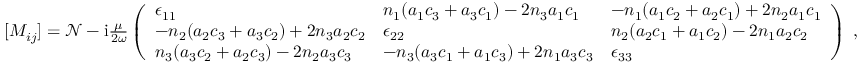
\begin{array} { r } { [ M _ { i j } ] = \mathcal { N } - \mathrm { i } \frac { \mu } { 2 \omega } \left( \begin{array} { l l l } { \epsilon _ { 1 1 } } & { n _ { 1 } ( a _ { 1 } c _ { 3 } + a _ { 3 } c _ { 1 } ) - 2 n _ { 3 } a _ { 1 } c _ { 1 } } & { - n _ { 1 } ( a _ { 1 } c _ { 2 } + a _ { 2 } c _ { 1 } ) + 2 n _ { 2 } a _ { 1 } c _ { 1 } } \\ { - n _ { 2 } ( a _ { 2 } c _ { 3 } + a _ { 3 } c _ { 2 } ) + 2 n _ { 3 } a _ { 2 } c _ { 2 } } & { \epsilon _ { 2 2 } } & { n _ { 2 } ( a _ { 2 } c _ { 1 } + a _ { 1 } c _ { 2 } ) - 2 n _ { 1 } a _ { 2 } c _ { 2 } } \\ { n _ { 3 } ( a _ { 3 } c _ { 2 } + a _ { 2 } c _ { 3 } ) - 2 n _ { 2 } a _ { 3 } c _ { 3 } } & { - n _ { 3 } ( a _ { 3 } c _ { 1 } + a _ { 1 } c _ { 3 } ) + 2 n _ { 1 } a _ { 3 } c _ { 3 } } & { \epsilon _ { 3 3 } } \end{array} \right) \; , } \end{array}